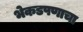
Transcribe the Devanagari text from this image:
भेकडपणाचा